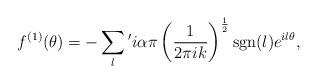
LaTeX: \begin{align*}f^{\left( 1\right) }(\theta )= -\sum_{l} {}^{\prime}i\alpha \pi \left( \frac{1}{2\pi ik}\right) ^{\frac{1}{2}} \mathrm{sgn}(l) e^{il\theta },\end{align*}